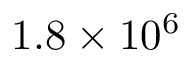
1 . 8 \times 1 0 ^ { 6 }